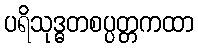
ပရိသုဒ္ဓတစပ္ပတ္တကထာ